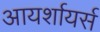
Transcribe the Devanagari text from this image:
आयर्शायर्स